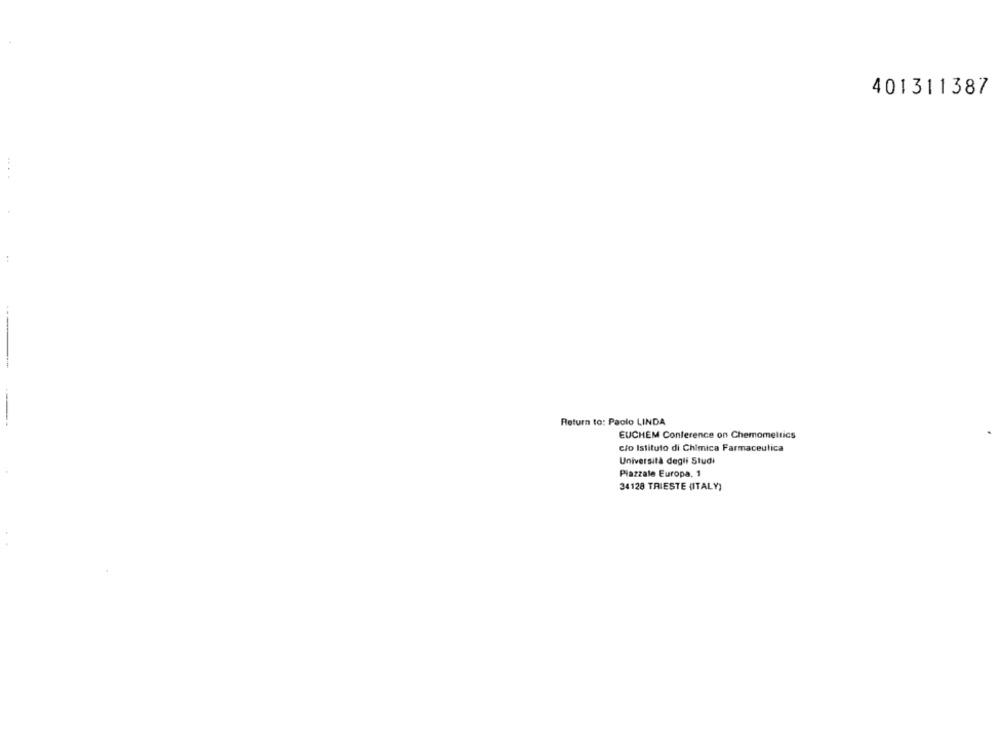
401311387
Return to: Paolo LINDA
EUCHEM Conference on Chemometrics
clo Istituto di Chimica Farmaceutica
Università degli Studi
Piazzale Europa, 1
34128 TRIESTE (ITALY)